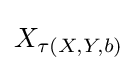
X_{\tau (X,Y,b)}